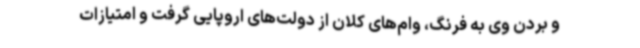
و بردن وی به فرنگ، وام‌های کلان از دولت‌های اروپایی گرفت و امتیازات